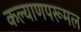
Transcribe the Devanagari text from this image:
कल्याणपरूमल